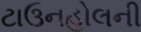
ટાઉનહોલની